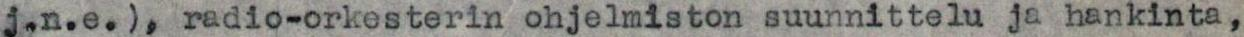
j.n.e.), radio-orkesterin ohjelmiston suunnittelu ja hankinta,